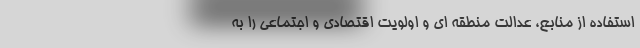
استفاده از منابع، عدالت منطقه ای و اولویت اقتصادی و اجتماعی را به